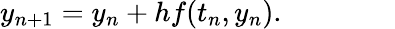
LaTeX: y_{n+1}=y_{n}+hf(t_{n},y_{n}).\qquad\qquad